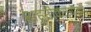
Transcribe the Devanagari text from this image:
शहरीकरणाचा